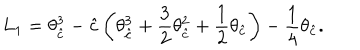
LaTeX: L _ { 1 } = \theta _ { \hat { c } } ^ { 3 } - { \hat { c } } \left( \theta _ { \hat { c } } ^ { 3 } + \frac { 3 } { 2 } \theta _ { \hat { c } } ^ { 2 } + \frac { 1 } { 2 } \theta _ { \hat { c } } \right) - \frac { 1 } { 4 } \theta _ { \hat { c } } .